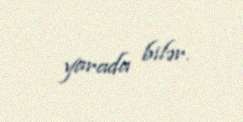
yarada bilər.